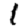
Digit: 1